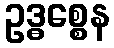
ဥဒ္ဓစ္စေန